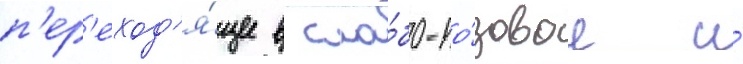
п'ер'еход'я́щее в сла́бо-ро́зовое и́